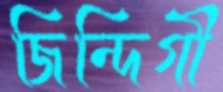
জিন্দিগী